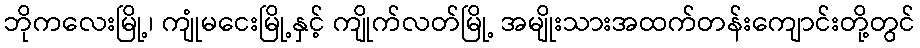
ဘိုကလေးမြို့၊ ကျုံမငေးမြို့နှင့် ကျိုက်လတ်မြို့ အမျိုးသားအထက်တန်းကျောင်းတို့တွင်